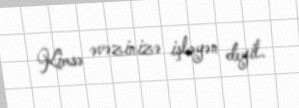
Kimsə əvəzinizə işləyən deyil.